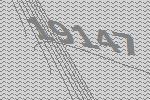
19147